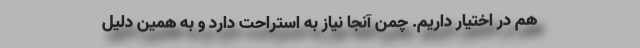
هم در اختیار داریم. چمن آنجا نیاز به استراحت دارد و به همین دلیل